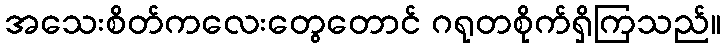
အသေးစိတ်ကလေးတွေတောင် ဂရုတစိုက်ရှိကြသည်။